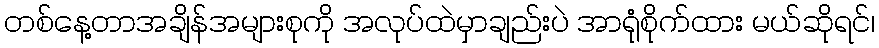
တစ်နေ့တာအချိန်အများစုကို အလုပ်ထဲမှာချည်းပဲ အာရုံစိုက်ထား မယ်ဆိုရင်၊